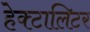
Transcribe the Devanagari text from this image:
हेक्टालिटर